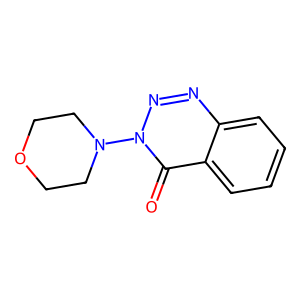
SMILES: O=c1c2ccccc2nnn1N1CCOCC1
Inhibits HIV replication: No